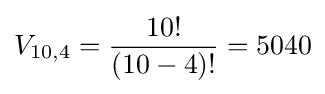
V_{10,4}={\frac {10!}{(10-4)!}}=5040